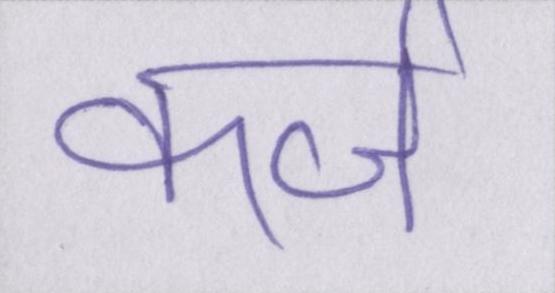
कर्ज